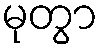
မုတွာ